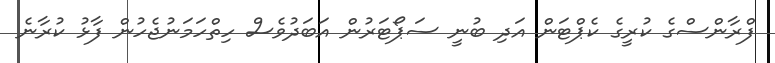
ފްރާންސްގެ ކުރީގެ ކެޕްޓަން އަދި ބުނީ ސަޕޯޓަރުން އަބަދުވެސް ހިތްހަމަނުޖެހުން ފާޅު ކުރާނެ